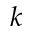
k